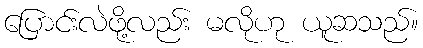
ပြောင်းလဲဖို့လည်း မလိုဟု ယူဆသည်။